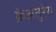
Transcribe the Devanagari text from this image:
क्रेअतुरेस